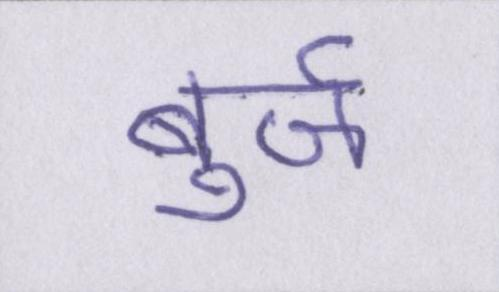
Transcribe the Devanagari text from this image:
बुर्ज